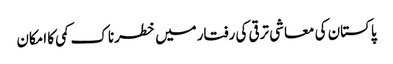
پاکستان کی معاشی ترقی کی رفتارمیں خطرناک کمی کا امکان